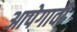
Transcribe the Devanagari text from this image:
आपेगावी